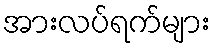
အားလပ်ရက်များ